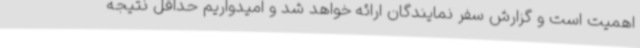
اهمیت است و گزارش سفر نمایندگان ارائه خواهد شد و امیدواریم حداقل نتیجه